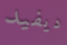
ديفيد